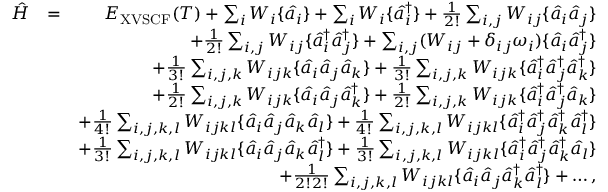
\begin{array} { r l r } { \hat { H } } & { = } & { E _ { \mathrm { X V S C F } } ( T ) + \sum _ { i } W _ { i } \{ \hat { a } _ { i } \} + \sum _ { i } W _ { i } \{ \hat { a } _ { i } ^ { \dagger } \} + \frac { 1 } { 2 ! } \sum _ { i , j } W _ { i j } \{ \hat { a } _ { i } \hat { a } _ { j } \} } \\ & { } & { + \frac { 1 } { 2 ! } \sum _ { i , j } W _ { i j } \{ \hat { a } _ { i } ^ { \dagger } \hat { a } _ { j } ^ { \dagger } \} + \sum _ { i , j } ( W _ { i j } + \delta _ { i j } \omega _ { i } ) \{ \hat { a } _ { i } \hat { a } _ { j } ^ { \dagger } \} } \\ & { } & { + \frac { 1 } { 3 ! } \sum _ { i , j , k } W _ { i j k } \{ \hat { a } _ { i } \hat { a } _ { j } \hat { a } _ { k } \} + \frac { 1 } { 3 ! } \sum _ { i , j , k } W _ { i j k } \{ \hat { a } _ { i } ^ { \dagger } \hat { a } _ { j } ^ { \dagger } \hat { a } _ { k } ^ { \dagger } \} } \\ & { } & { + \frac { 1 } { 2 ! } \sum _ { i , j , k } W _ { i j k } \{ \hat { a } _ { i } \hat { a } _ { j } \hat { a } _ { k } ^ { \dagger } \} + \frac { 1 } { 2 ! } \sum _ { i , j , k } W _ { i j k } \{ \hat { a } _ { i } ^ { \dagger } \hat { a } _ { j } ^ { \dagger } \hat { a } _ { k } \} } \\ & { } & { + \frac { 1 } { 4 ! } \sum _ { i , j , k , l } W _ { i j k l } \{ \hat { a } _ { i } \hat { a } _ { j } \hat { a } _ { k } \hat { a } _ { l } \} + \frac { 1 } { 4 ! } \sum _ { i , j , k , l } W _ { i j k l } \{ \hat { a } _ { i } ^ { \dagger } \hat { a } _ { j } ^ { \dagger } \hat { a } _ { k } ^ { \dagger } \hat { a } _ { l } ^ { \dagger } \} } \\ & { } & { + \frac { 1 } { 3 ! } \sum _ { i , j , k , l } W _ { i j k l } \{ \hat { a } _ { i } \hat { a } _ { j } \hat { a } _ { k } \hat { a } _ { l } ^ { \dagger } \} + \frac { 1 } { 3 ! } \sum _ { i , j , k , l } W _ { i j k l } \{ \hat { a } _ { i } ^ { \dagger } \hat { a } _ { j } ^ { \dagger } \hat { a } _ { k } ^ { \dagger } \hat { a } _ { l } \} } \\ & { } & { + \frac { 1 } { 2 ! 2 ! } \sum _ { i , j , k , l } W _ { i j k l } \{ \hat { a } _ { i } \hat { a } _ { j } \hat { a } _ { k } ^ { \dagger } \hat { a } _ { l } ^ { \dagger } \} + \dots , } \end{array}